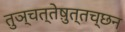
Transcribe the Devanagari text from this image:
तुञ्चत्तेष़ुत्तच्छन